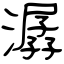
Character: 潺